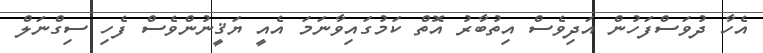
އެހާ ދުވަސްފަހުން އަދިވެސް އިތުބާރު އޮތް ކަމުގައިވާނަމަ އެއީ ޔަޤީނުންވެސް ފެހި ސިގްނަލް